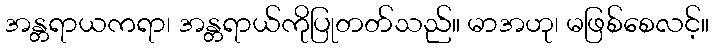
အန္တရာယကရာ၊ အန္တရာယ်ကိုပြုတတ်သည်။ မာအဟု၊ မဖြစ်စေလင့်။